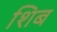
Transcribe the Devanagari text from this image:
शिब